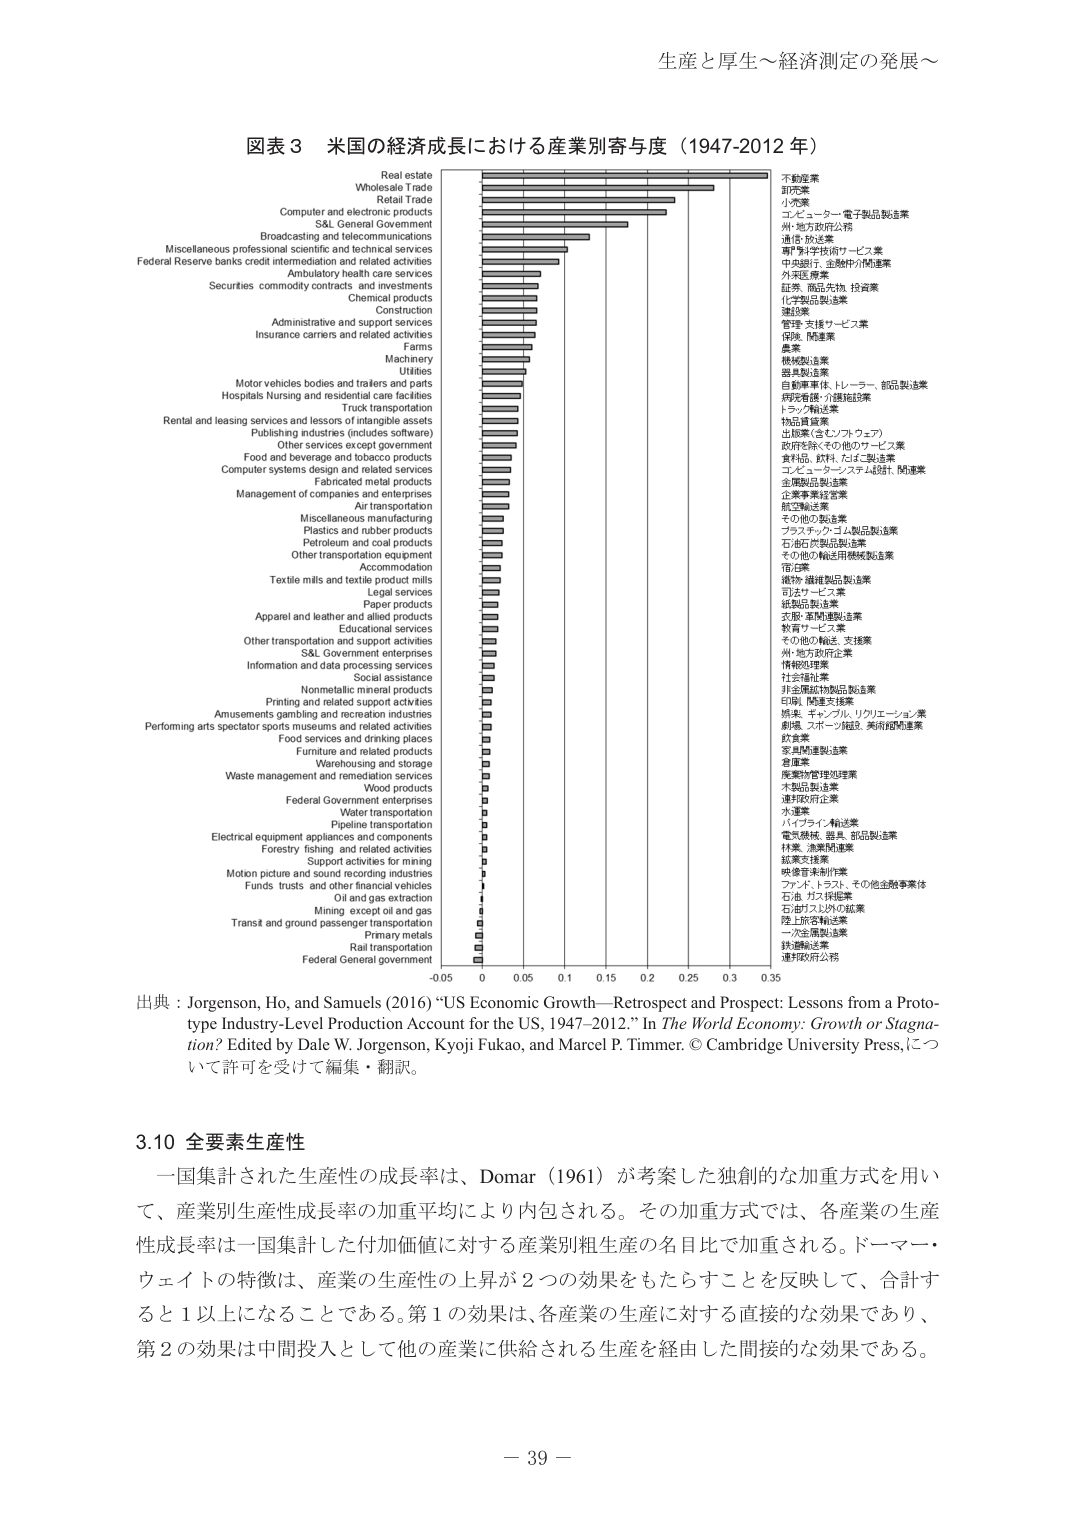
生産と厚生～経済測定の発展～

図表３ 米国の経済成長における産業別寄与度（1947-2012年）

Real estate
Wholesale Trade
Retail Trade
Computer and electronic products
S&L General Government
Broadcasting and telecommunications
Miscellaneous professional scientific and technical services
Federal Reserve banks credit intermediation and related activities
Ambulatory health care services
Securities commodity contracts and investments
Chemical products
Construction
Administrative and support services
Insurance carriers and related activities
Farms
Machinery
Motor vehicles bodies and trailers and parts
Hospitals Nursing and residential care facilities
Truck transportation
Rental and leasing services and lessors of intangible assets
Publishing industries (includes software)
Other services except government
Food and beverage and tobacco products
Computer systems design and related services
Fabricated metal products
Management of companies and enterprises
Air transportation
Miscellaneous manufacturing
Plastics and rubber products
Petroleum and coal products
Other transportation equipment
Accommodation
Textile mills and textile product mills
Legal services
Paper products
Apparel and leather and allied products
Educational services
Other transportation and support activities
S&L Government enterprises
Information and data processing services
Social assistance
Nonmetallic mineral products
Printing and related support activities
Amusements gambling and recreation industries
Performing arts spectator sports museums and related activities
Food services and drinking places
Furniture and related products
Warehousing and storage
Waste management and remediation services
Wood products
Federal Government enterprises
Water transportation
Pipeline transportation
Electrical equipment appliances and components
Forestry fishing and related activities
Support activities for mining
Motion picture and sound recording industries
Funds trusts and other financial vehicles
Oil and gas extraction
Mining except oil and gas
Transit and ground passenger transportation
Rail transportation
Federal General government

不動産業
卸売業
小売業
コンピューター・電子製品製造業
州・地方政府公務
通信・放送業
専門科学技術サービス業
中央銀行、金融仲介関連業
外来医療業
証券、商品先物、投資業
化学製品製造業
建設業
管理・支援サービス業
保険、関連業
農業
機械製造業
自動車車体、トレーラー、部品製造業
病院看護・介護施設業
トラック輸送業
物品賃貸業
出版業（含むソフトウェア）
政府を除くその他のサービス業
食品・飲料、たばこ製造業
コンピューターシステム設計、関連業
金属製品製造業
企業事業経営業
航空輸送業
その他の製造業
プラスチック・ゴム製品製造業
石油石炭製品製造業
その他の輸送用機械製品業
宿泊業
織物・繊維製品製造業
司法サービス業
紙製品製造業
衣服・革関連製造業
教育サービス業
その他の輸送・支援業
州・地方政府企業
情報処理業
社会福祉業
非金属鉱物製品製造業
印刷、関連支援業
娯楽、ギャンブル、リクリエーション業
劇場、スポーツ施設、美術館関連業
飲食業
家具関連製造業
倉庫業
廃棄物管理処理業
木製品製造業
連邦政府企業
水運業
パイプライン輸送業
電気機械、器具、部品製造業
林業、漁業関連業
鉱業支援業
映像音楽制作業
ファンド、トラスト、その他金融事業体
石油、ガス採掘業
石油ガス以外の鉱業
陸上旅客輸送業
一次金属製造業
鉄道輸送業
連邦政府公務

出典：Jorgenson, Ho, and Samuels (2016) “US Economic Growth—Retrospect and Prospect: Lessons from a Prototype Industry-Level Production Account for the US, 1947–2012.” In The World Economy: Growth or Stagnation? Edited by Dale W. Jorgenson, Kyoji Fukao, and Marcel P. Timmer. © Cambridge University Press, について許可を受けて編集・翻訳。

3.10 全要素生産性

一国集計された生産性の成長率は、Domar（1961）が考案した独創的な加重方式を用いて、産業別生産性成長率の加重平均により内包される。その加重方式では、各産業の生産性成長率は一国集計した付加価値に対する産業別粗生産の名目比で加重される。ドーマー・ウェイトの特徴は、産業の生産性の上昇が２つの効果をもたらすことを反映して、合計すると１以上になることである。第１の効果は、各産業の生産に対する直接的な効果であり、第２の効果は中間投入として他の産業に供給される生産を経由した間接的な効果である。

－ 39 －